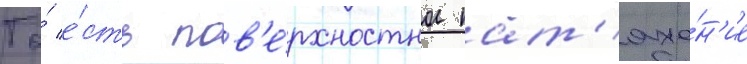
То́ е́сть пов'е́рхностное нат'яже́н'ие